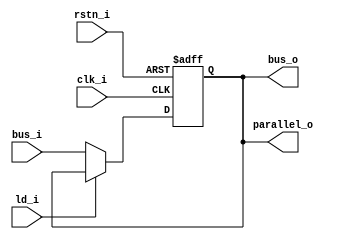
// General purpose register, intend to use for accumulator A,B register, instruction register and output register
module register(
    input clk_i,
    input rstn_i,

    input ld_i, 
    input[7:0] bus_i,

    output[7:0] bus_o, 
    output[7:0] parallel_o);

reg[7:0] register; // Need to find a better name 

always @ (posedge clk_i, negedge rstn_i) begin
    if (!rstn_i)
        register <= 8'b0;
    else if (!ld_i) begin
        register <= bus_i;
    end
end


assign bus_o      = register;
assign parallel_o = register;

endmodule